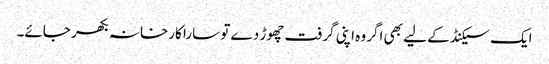
ایک سیکنڈ کے لیے بھی اگر وہ اپنی گرفت چھوڑ دے تو سارا کارخانہ بکھر جائے۔